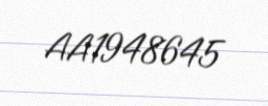
AA1948645